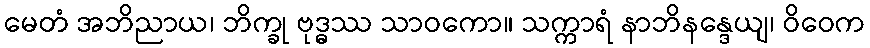
မေတံ အဘိညာယ၊ ဘိက္ခု ဗုဒ္ဓဿ သာဝကော။ သက္ကာရံ နာဘိနန္ဒေယျ၊ ဝိဝေက